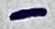
Text: -